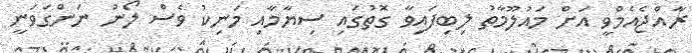
ރާއްޖެއެމްވީ އަށް މައުލޫމާތު ލިބިފައިވާ ގޮތުގައި ސިޔާމާއި މަނިކު ވެސް ލޯނު ނަންގަވަނީ